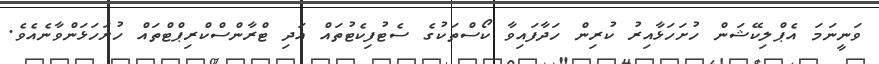
ވަނީނަމަ އެޕްލިކޭޝަން ހުށަހަޅާއިރު ކުރިން ހަދާފައިވާ ކޯސްތަކުގެ ސެޓުފިކެޓުތައް އަދި ޓްރާންސްކްރިޕްޓްތައް ހުށަހަޅަންވާނެއެވެ.